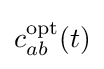
c_{ab}^{\mathrm {opt} }(t)